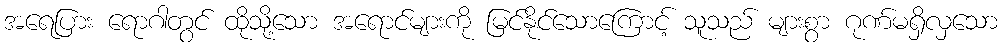
အရေပြား ရောဂါတွင် ထိုသို့သော အရောင်များကို မြင်နိုင်သောကြောင့် သူသည် များစွာ ဂုဏ်မရှိလှသော